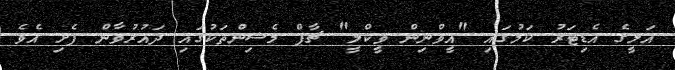
އަލީގެ އެޑިޓަރު ކަމުގައި "އީވްނިން ވީކްލީ" ޗާޕް މެޝިންތަކުގައި ދައުރުވާން ފެށި އެވެ.